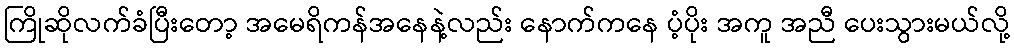
ကြိုဆိုလက်ခံပြီးတော့ အမေရိကန်အနေနဲ့လည်း နောက်ကနေ ပံ့ပိုး အကူ အညီ ပေးသွားမယ်လို့